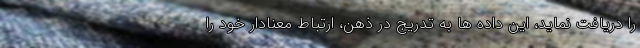
را دریافت نماید، این داده ها به تدریج در ذهن، ارتباط معنادار خود را